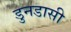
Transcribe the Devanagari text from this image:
डुनडासी